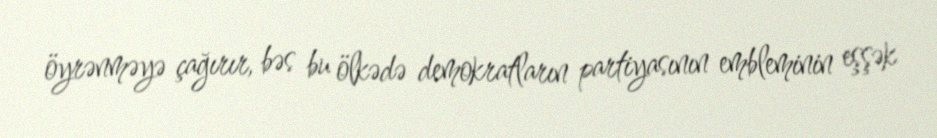
öyrənməyə çağırır, bəs bu ölkədə demokratların partiyasının embleminin eşşək